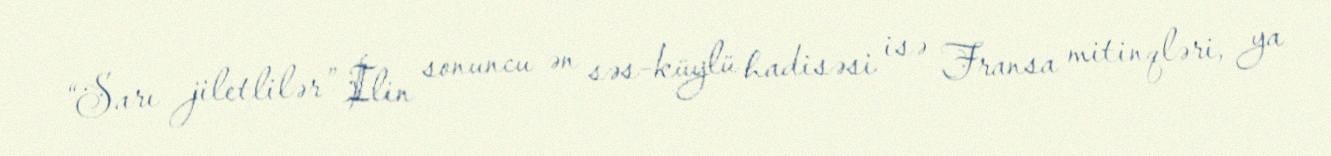
“Sarı jiletlilər” İlin sonuncu ən səs-küylü hadisəsi isə Fransa mitinqləri, ya